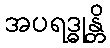
အပရဒ္ဓုန္တိ